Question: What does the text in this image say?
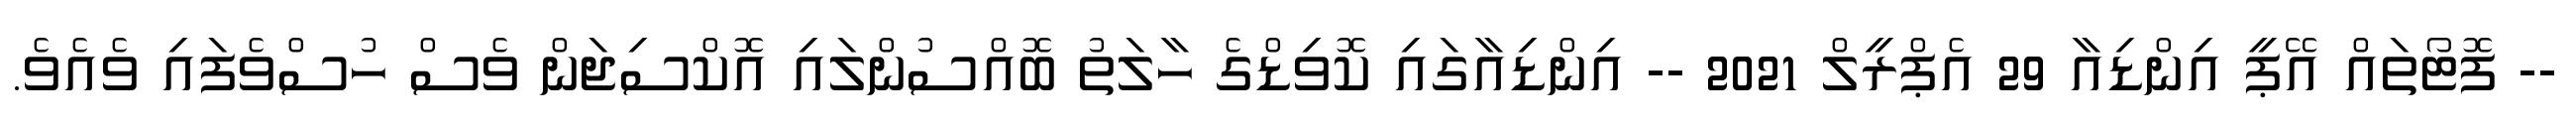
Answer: -- ފޮޓޯތައް އޭޕީ އިންޑިއާ 29 އެޕްރީލް 2021 -- އިންޑިއާގައި ކޮވިޑްގެ ހާލަތު ބޮއްސުންލައި އޮކްސިޖަން ވެސް ހުސްވެފައި ވެއެވެ.